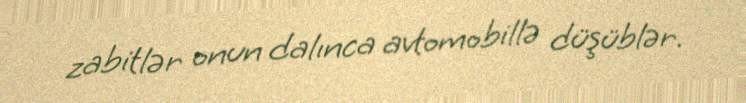
zabitlər onun dalınca avtomobillə düşüblər.